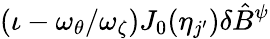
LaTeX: (\iota-\omega_{\theta}/\omega_{\zeta})J_{0}(\eta_{j^{\prime}})\delta\hat{B}^{\psi}